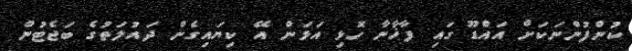
ކުންފުންނަކަށް އައްޑޫ ގައި ފާޚާނާ ހޮޅި އަޅަން އޭ ކިޔައިގެން ދައުލަތުގެ ބަޖެޓުން